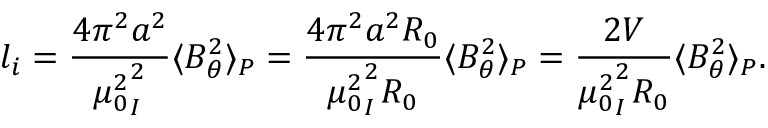
l _ { i } = \frac { 4 \pi ^ { 2 } a ^ { 2 } } { { \mu _ { 0 } ^ { 2 } } _ I ^ { 2 } } \langle B _ { \theta } ^ { 2 } \rangle _ { P } = \frac { 4 \pi ^ { 2 } a ^ { 2 } R _ { 0 } } { { \mu _ { 0 } ^ { 2 } } _ I ^ { 2 } R _ { 0 } } \langle B _ { \theta } ^ { 2 } \rangle _ { P } = \frac { 2 V } { { \mu _ { 0 } ^ { 2 } } _ I ^ { 2 } R _ { 0 } } \langle B _ { \theta } ^ { 2 } \rangle _ { P } .